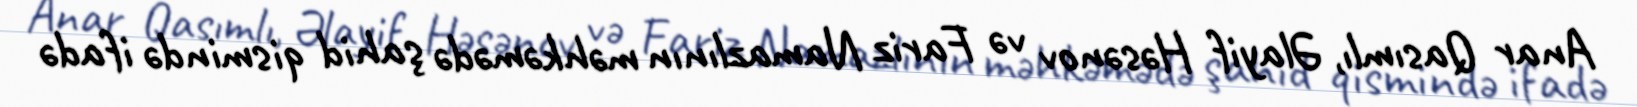
Anar Qasımlı, Əlayif Həsənov və Fariz Namazlının məhkəmədə şahid qismində ifadə